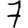
Digit: 7